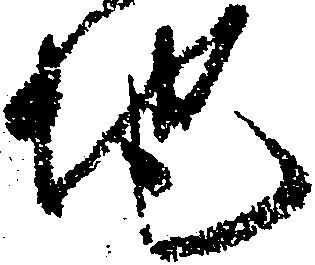
地